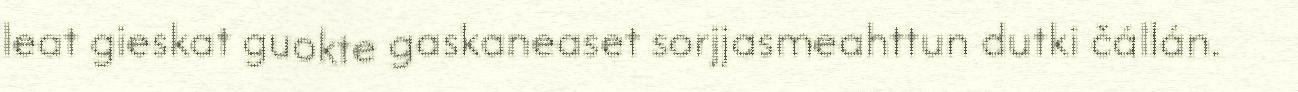
leat gieskat guokte gaskaneaset sorjjasmeahttun dutki čállán.